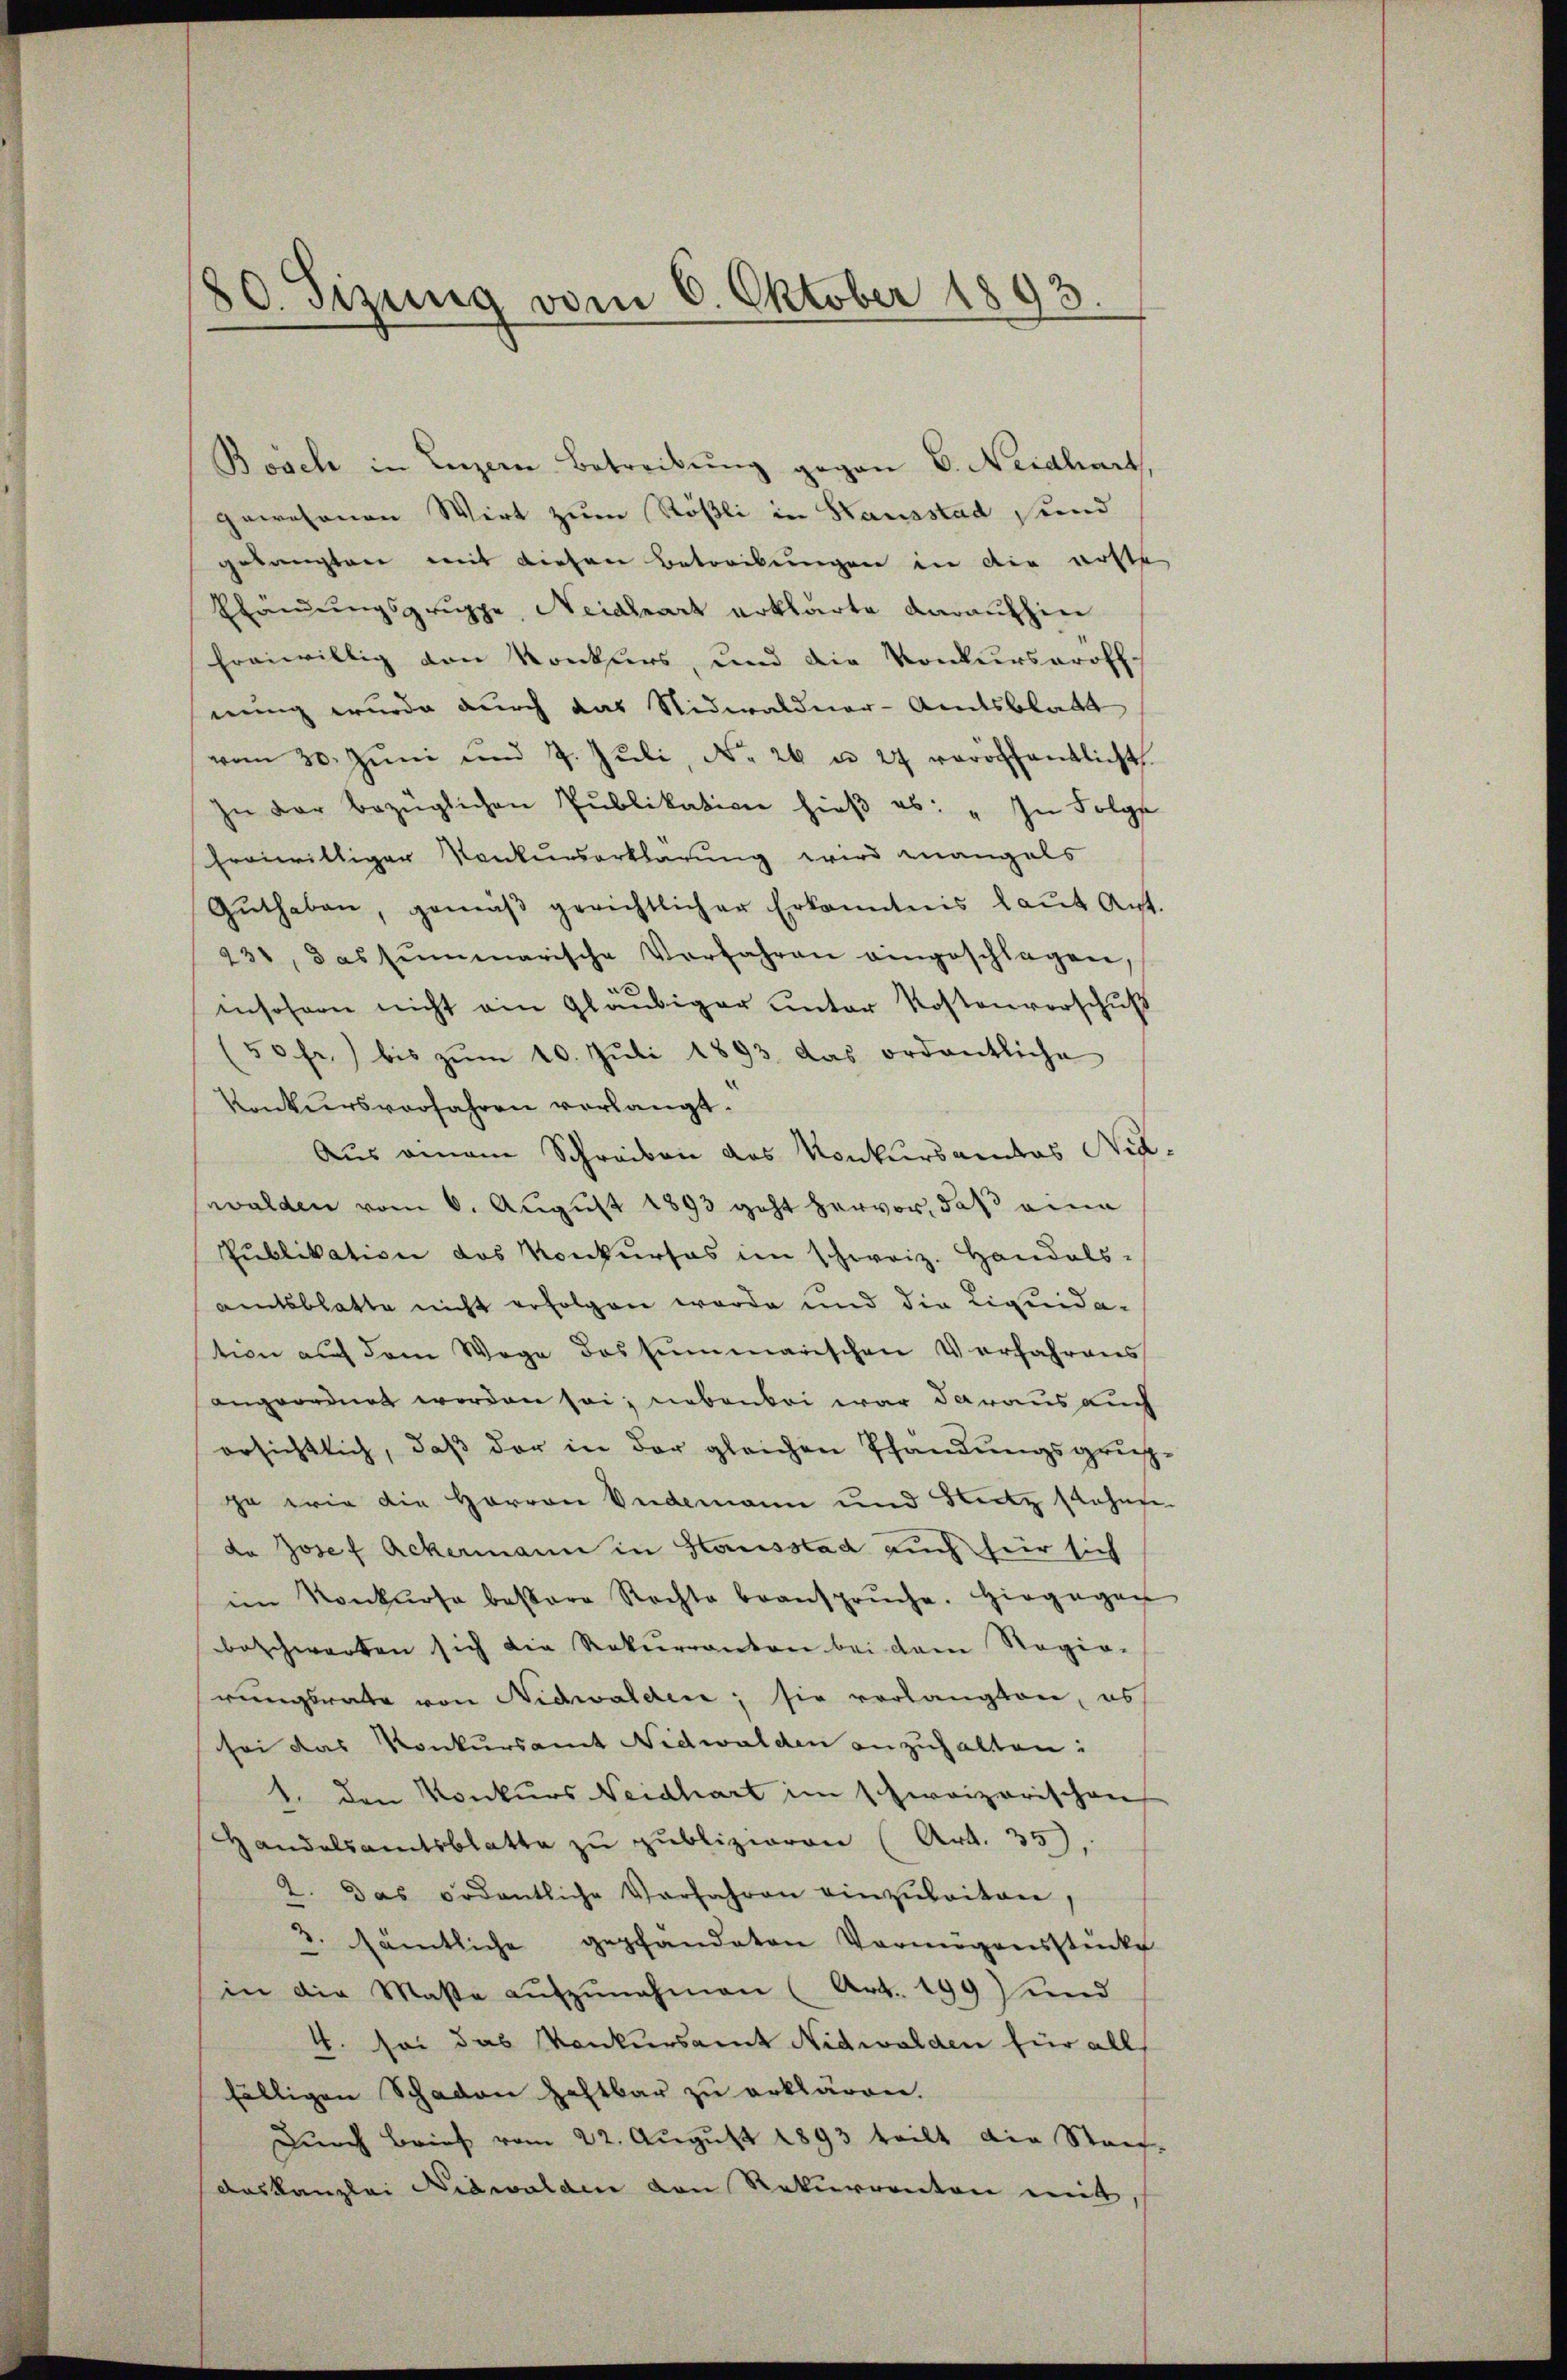
80. Sizung vom 6. Oktober 1893.

Bosch in Luzern Betreibung gegen 6. Neidhart,
gewesenen Wirt zum Rößli in Hausstad seind
gelangten mit diesen Betorkungen in die ersten
Efändungsgruppe, Neidhart erklärte daraufhin
freiwillig von Konkurs, und die Konkurseröff-
nung wurde durch das Nidwaldner-Amtsblatt
vom 30. Jŭni und 7. Jŭli, No. 26 u. 27 veröffentlicht
In der bezüglichen Pŭblikation hieβ es: „In Folge
freiwilliger Konkurserklärung wird mangals
Gŭthaben, gemäβ gerichtlicher Erkanntnis laŭt Ant
231, das summarische Vorfahren eingeschlagen,
insofern nicht ein Gläubiger unter Kostenverschuß
(50 fr.) bis zŭm 10. Jŭli 1893 das ordentliche
Konkursverfahren verlangt.
Aus einem Schreiben das Konkursandas Nid
walden vom 6. August 1893 geht hervor, daß eine
Pŭblikation das Konkŭrses im schweiz. Handels-
amtsblatte nicht erfolgen werde und die Liquidastion auf dem Wege des Emmarischen Verfahrens
angeordnet worden sei, nebenbei war daraus auch
ersichtlich, daß der in der gleichen Pfändungsgrupja wie die Herren Videmann und Blutz stehen.
da Josef Ackermann in Hausstad auch für sich
im Konkurse baβere Rechte beansprŭche. Hiegegen
beschwarten sich die Rekurranton bei dem Regierungsrate von Nidwalden; sie vorlangten, es
sei das Konkursamt Nidwalden anzuhalten:
1. den Konkurs Neidhart im schweizerischen
Handelsamtsblatte zu publizieren (Art. 35
2. Das ordentliche Vorfahren einzuleiten,
3. sämtliche gepfandaten Vermögensstücke
in die Masse aŭfzŭnehmen (Art. 199 und
4. sei das Konkursamt Nidwalden für all
fälligen Schaden Haftbar zu erklären.
Durch Brief vom 22. August 1893 teilt die Stauf-
daskanzlei Nidwalden von Rekurrenten mit

"